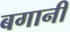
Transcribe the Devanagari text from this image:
बगानी